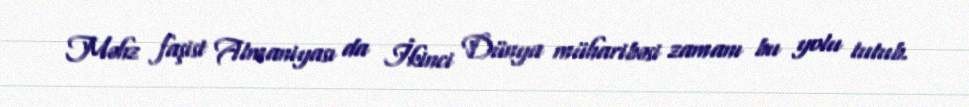
Məhz faşist Almaniyası da İkinci Dünya müharibəsi zamanı bu yolu tutub.